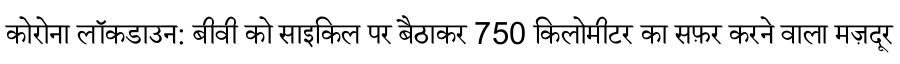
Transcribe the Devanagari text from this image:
कोरोना लॉकडाउन: बीवी को साइकिल पर बैठाकर 750 किलोमीटर का सफ़र करने वाला मज़दूर